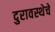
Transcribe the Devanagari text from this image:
दुरावस्थेचे